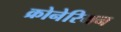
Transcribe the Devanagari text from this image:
क्रोनेरियन